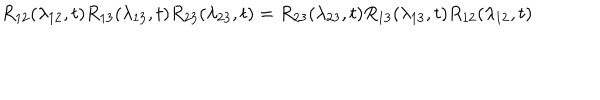
R _ { 1 2 } ( \lambda _ { 1 2 } , t ) R _ { 1 3 } ( \lambda _ { 1 3 } , t ) R _ { 2 3 } ( \lambda _ { 2 3 } , t ) = R _ { 2 3 } ( \lambda _ { 2 3 } , t ) R _ { 1 3 } ( \lambda _ { 1 3 } , t ) R _ { 1 2 } ( \lambda _ { 1 2 } , t )